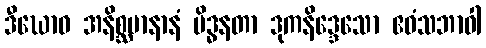
ဒီဃောဝ အနိစ္ဆမာနာနံ မိဒ္ဓနတာ ဒုကနိဒ္ဒေသော ဧဝံသဘာဝါ